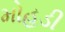
મોહડી